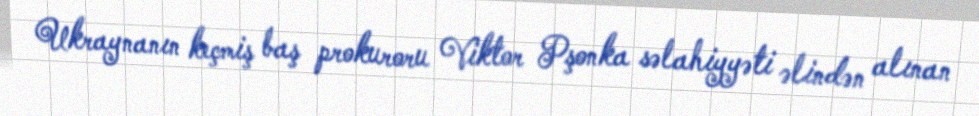
Ukraynanın keçmiş baş prokuroru Viktor Pşonka səlahiyyəti əlindən alınan